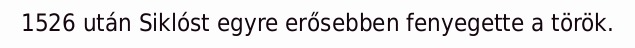
1526 után Siklóst egyre erősebben fenyegette a török.